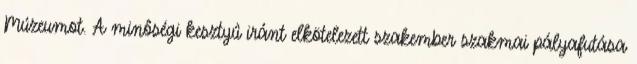
Múzeumot. A minôségi kesztyû iránt elkötelezett szakember szakmai pályafutása